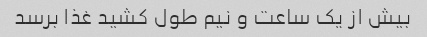
بیش از یک ساعت و نیم طول کشید غذا برسد